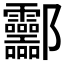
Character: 𰼂